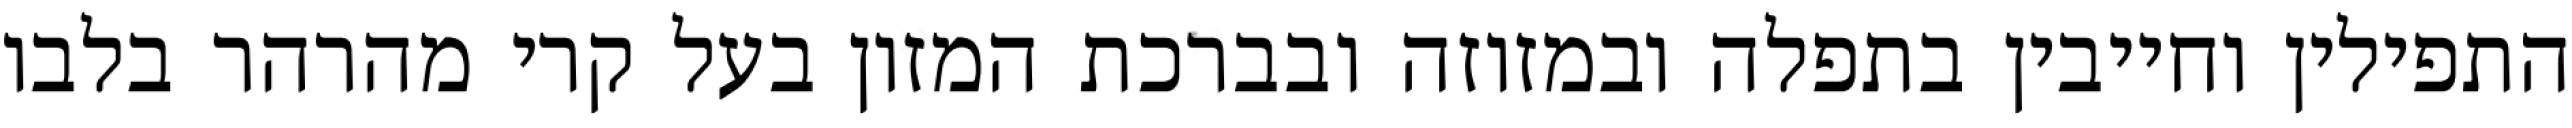
התפילין וחייבין בתפלה ובמזוזה ובברכת המזון בעל קרי מהרהר בלבו